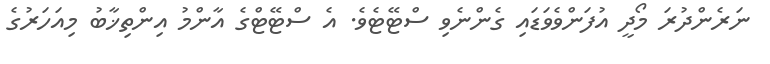
ނަރެންދުރަ މޯދީ އުފަންވެވަޑައި ގެންނެވި ސްޓޭޓެވެ. އެ ސްޓޭޓްގެ އާންމު އިންތިޚާބު މިއަހަރުގެ